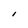
Character: l